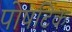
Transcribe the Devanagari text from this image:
पोषटिक